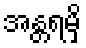
အန္တရမှိ